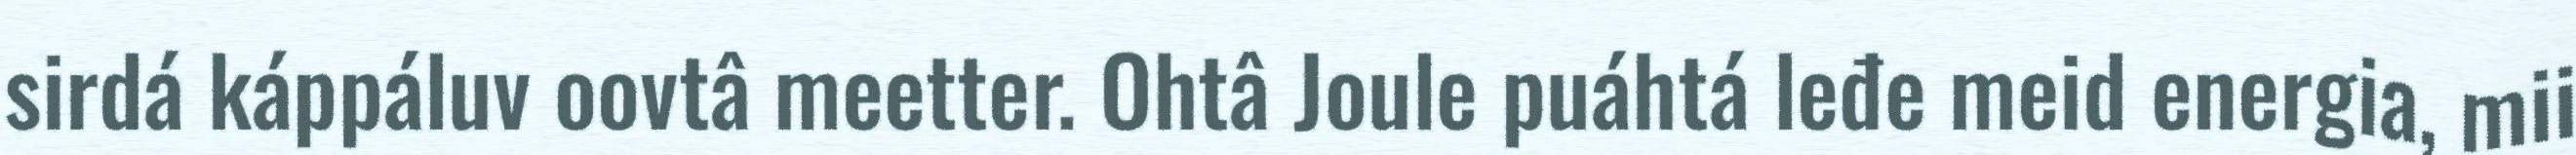
sirdá káppáluv oovtâ meetter. Ohtâ Joule puáhtá leđe meid energia, mii